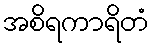
အစိရကာရိတံ